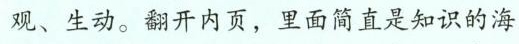
观、生动。翻开内页，里面简直是知识的海